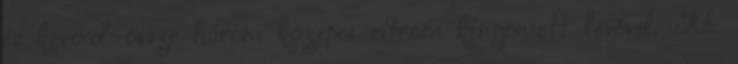
és keverd össze három közepes citrom kinyomott levével. Kb.